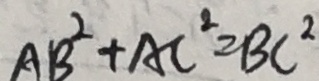
A B ^ { 2 } + A C ^ { 2 } = B C ^ { 2 }